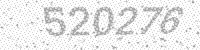
Solution: 520276